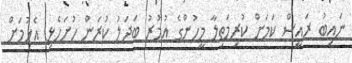
ނައިބު ރައީސް ކަމަށް ކުރިމަތިލާ މީހުންގެ އުމުރު ބަދަލު ކުރަން ހުށަހެޅި އެޅުމަށް